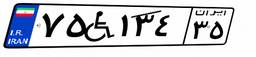
۷۵W۱۳۴۳۵